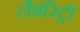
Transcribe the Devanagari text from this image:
लैबॉरेट्री